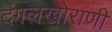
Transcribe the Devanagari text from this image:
दंगलखोराणी